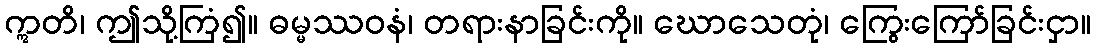
ဣတိ၊ ဤသို့ကြံ၍။ ဓမ္မဿဝနံ၊ တရားနာခြင်းကို။ ဃောသေတုံ၊ ကြွေးကြော်ခြင်းငှာ။